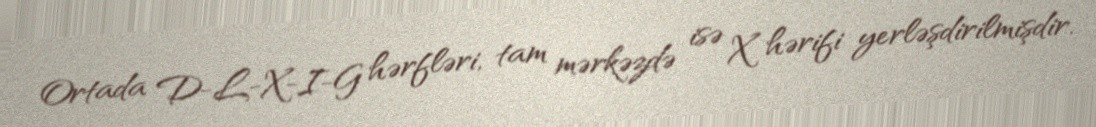
Ortada D-L-X-I-G hərfləri, tam mərkəzdə isə X hərifi yerləşdirilmişdir.